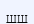
шш